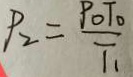
P _ { 2 } = \frac { P _ { 0 } T _ { 0 } } { T _ { 1 } }